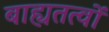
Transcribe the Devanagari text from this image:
बाह्यतत्वों